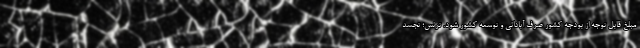
مبلغ قابل توجه از بودجه کشور صرف آبادانی و توسعه کشور شود. ترنس؛ تجسد